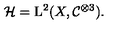
\mathcal H = \mathrm { L } ^ { 2 } ( X , \mathcal C ^ { \otimes 3 } ) .